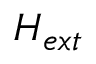
H _ { e x t }